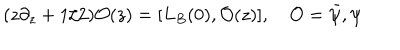
LaTeX: ( z \partial _ { z } + 1 / 2 ) { \mathcal O } ( z ) = [ L _ { B } ( 0 ) , { \mathcal O } ( z ) ] , \quad { \mathcal O } = { \bar { \psi } } , \psi